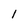
Character: 1